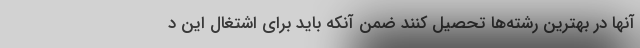
آنها در بهترین رشته‌ها تحصیل کنند ضمن آنکه باید برای اشتغال این د